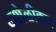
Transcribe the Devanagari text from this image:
कशेळीकर